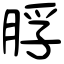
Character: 脬